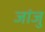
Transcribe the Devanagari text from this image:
जांजु